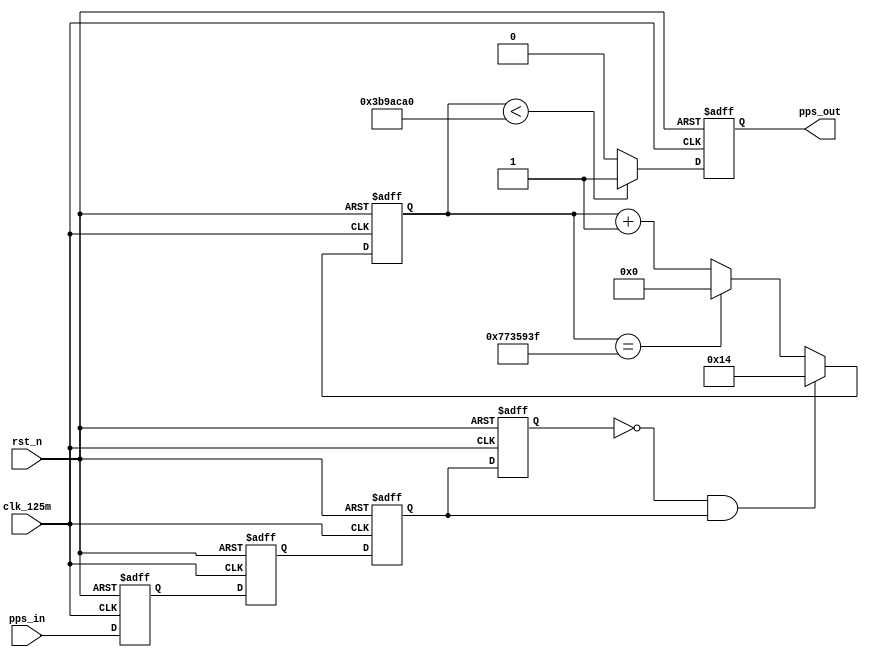
module pps_shift(
	input				clk_125m	,
	input				rst_n		,
	input				pps_in		,
	output reg			pps_out		
);

	reg			pps_in_ff0	;
	reg			pps_in_ff1	;
	reg			pps_in_ff2	;
	reg			pps_in_ff3	;
	reg	[27:0]	cnt_shift	;
	
	wire		pps_l2h		;
	
	always @ (posedge clk_125m or negedge rst_n)begin
		if(!rst_n)begin
			pps_in_ff0 <= 0;
			pps_in_ff1 <= 0;
			pps_in_ff2 <= 0;
			pps_in_ff3 <= 0;
		end
		else begin
			pps_in_ff0 <= pps_in;
			pps_in_ff1 <= pps_in_ff0;
			pps_in_ff2 <= pps_in_ff1;
			pps_in_ff3 <= pps_in_ff2;
		end
	end

	assign pps_l2h = pps_in_ff3 == 0 && pps_in_ff2 == 1;
	
	always @ (posedge clk_125m or negedge rst_n)begin
		if(!rst_n)begin
			cnt_shift <= 0;
		end
		else if(pps_l2h)begin
			cnt_shift <= 27'd20;
		end
		else if(cnt_shift == 27'd124_999_999)begin
			cnt_shift <= 27'd0;
		end
		else begin
			cnt_shift <= cnt_shift + 1'd1;
		end
	end
	
	always @ (posedge clk_125m or negedge rst_n)begin
		if(!rst_n)begin
			pps_out <= 0;
		end
		else if(cnt_shift < 27'd62_500_000)begin
			pps_out <= 1;
		end
		else begin
			pps_out <= 0;
		end
	end
	
endmodule